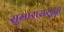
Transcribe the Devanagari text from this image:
सुमाराससुद्धा